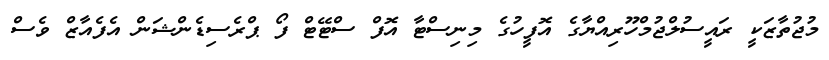
މުޖުތާޒަކީ ރައީސުލްޖުމްހޫރިއްޔާގެ އޮފީހުގެ މިނިސްޓާ އޮފް ސްޓޭޓް ފޯ ޕްރެސިޑެންޝަން އެފެއާޒް ވެސް